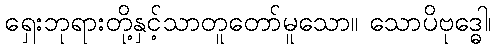
ရှေးဘုရားတို့နှင့်သာတူတော်မူသော။ သောပိဗုဒ္ဓေါ၊